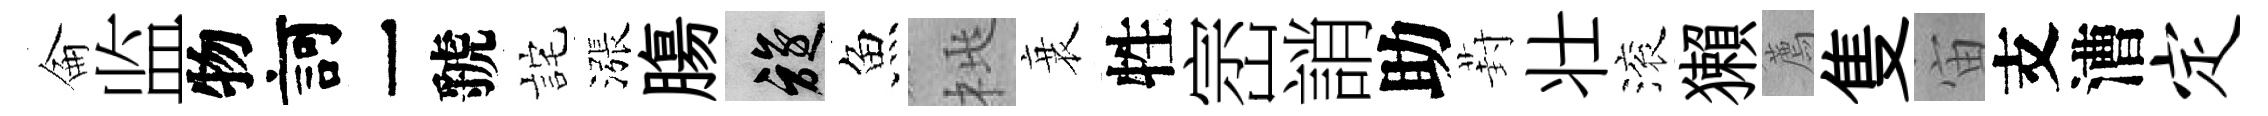
侖监物訶一虢詫漲膓旋魚桃衰牲崈誚助葑壮滚獺薦隻宙支漕定